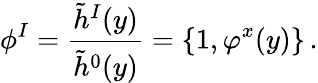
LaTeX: \phi^{I}={\frac{\tilde{h}^{I}(y)}{\tilde{h}^{0}(y)}}=\{ 1,\varphi^{x}(y)\} \, .